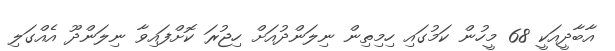
އާބާދީއަކީ 68 މީހުން ކަމުގައި ހިމިތިން ނިލަންދުއަށް ހިޖުރަ ކޮށްފައިވާ ނިލަންދޫ އެއްގަލި